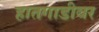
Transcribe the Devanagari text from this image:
हातगाडीवर